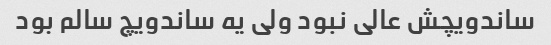
ساندویچش عالی نبود ولی یه ساندویچ سالم بود